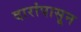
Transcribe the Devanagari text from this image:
दारांपासून